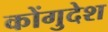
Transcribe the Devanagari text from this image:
कोंगुदेश